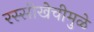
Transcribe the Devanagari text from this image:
रस्सीखेचीमुळे